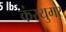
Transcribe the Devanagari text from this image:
कंस्युमर